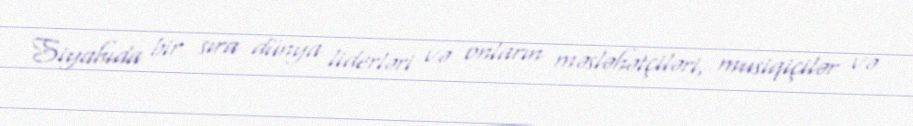
Siyahıda bir sıra dünya liderləri və onların məsləhətçiləri, musiqiçilər və